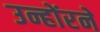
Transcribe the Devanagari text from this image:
उन्होंरने